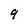
Character: 9